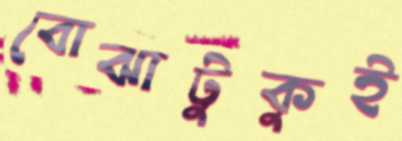
বোঝাটুকুই